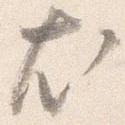
尤